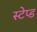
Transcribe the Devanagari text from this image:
स्टेप्ड